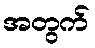
အတွက်